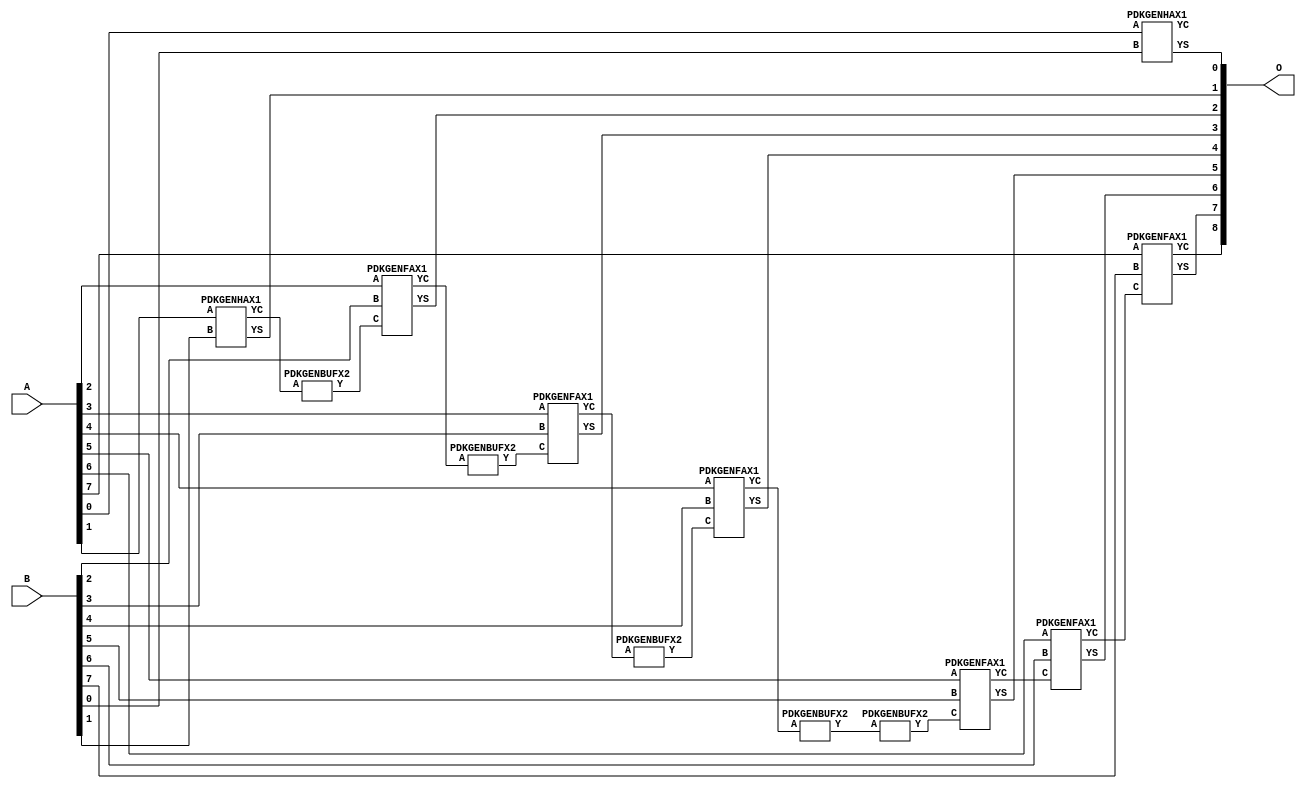
// Library = EvoApprox8b
// Circuit = add8_348
// Area   (180) = 1000
// Delay  (180) = 1.710
// Power  (180) = 354.20
// Area   (45) = 75
// Delay  (45) = 0.680
// Power  (45) = 32.81
// Nodes = 13
// HD = 32640
// MAE = 0.50000
// MSE = 1.00000
// MRE = 0.27 %
// WCE = 2
// WCRE = 100 %
// EP = 25.0 %

module add8_348(A, B, O);
  input [7:0] A;
  input [7:0] B;
  output [8:0] O;
  wire [2031:0] N;

  assign N[0] = A[0];
  assign N[1] = A[0];
  assign N[2] = A[1];
  assign N[3] = A[1];
  assign N[4] = A[2];
  assign N[5] = A[2];
  assign N[6] = A[3];
  assign N[7] = A[3];
  assign N[8] = A[4];
  assign N[9] = A[4];
  assign N[10] = A[5];
  assign N[11] = A[5];
  assign N[12] = A[6];
  assign N[13] = A[6];
  assign N[14] = A[7];
  assign N[15] = A[7];
  assign N[16] = B[0];
  assign N[17] = B[0];
  assign N[18] = B[1];
  assign N[19] = B[1];
  assign N[20] = B[2];
  assign N[21] = B[2];
  assign N[22] = B[3];
  assign N[23] = B[3];
  assign N[24] = B[4];
  assign N[25] = B[4];
  assign N[26] = B[5];
  assign N[27] = B[5];
  assign N[28] = B[6];
  assign N[29] = B[6];
  assign N[30] = B[7];
  assign N[31] = B[7];

  PDKGENHAX1 n76(.A(N[0]), .B(N[16]), .YS(N[76]), .YC(N[77]));
  PDKGENHAX1 n82(.A(N[2]), .B(N[18]), .YS(N[82]), .YC(N[83]));
  PDKGENBUFX2 n112(.A(N[83]), .Y(N[112]));
  assign N[113] = N[112];
  PDKGENFAX1 n132(.A(N[4]), .B(N[20]), .C(N[113]), .YS(N[132]), .YC(N[133]));
  PDKGENBUFX2 n174(.A(N[133]), .Y(N[174]));
  PDKGENFAX1 n182(.A(N[6]), .B(N[22]), .C(N[174]), .YS(N[182]), .YC(N[183]));
  PDKGENBUFX2 n208(.A(N[183]), .Y(N[208]));
  PDKGENFAX1 n232(.A(N[8]), .B(N[24]), .C(N[208]), .YS(N[232]), .YC(N[233]));
  PDKGENBUFX2 n248(.A(N[233]), .Y(N[248]));
  PDKGENBUFX2 n268(.A(N[248]), .Y(N[268]));
  assign N[269] = N[268];
  PDKGENFAX1 n282(.A(N[10]), .B(N[26]), .C(N[269]), .YS(N[282]), .YC(N[283]));
  PDKGENFAX1 n332(.A(N[12]), .B(N[28]), .C(N[283]), .YS(N[332]), .YC(N[333]));
  PDKGENFAX1 n382(.A(N[14]), .B(N[30]), .C(N[333]), .YS(N[382]), .YC(N[383]));

  assign O[0] = N[76];
  assign O[1] = N[82];
  assign O[2] = N[132];
  assign O[3] = N[182];
  assign O[4] = N[232];
  assign O[5] = N[282];
  assign O[6] = N[332];
  assign O[7] = N[382];
  assign O[8] = N[383];

endmodule
/* mod */
module PDKGENHAX1( input A, input B, output YS, output YC );
    assign YS = A ^ B;
    assign YC = A & B;
endmodule
/* mod */
module PDKGENFAX1( input A, input B, input C, output YS, output YC );
    assign YS = (A ^ B) ^ C;
    assign YC = (A & B) | (B & C) | (A & C);
endmodule
/* mod */
module PDKGENBUFX2(input A, output Y );
     assign Y = A;
endmodule